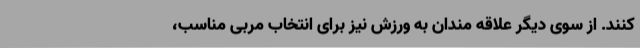
کنند. از سوی دیگر علاقه مندان به ورزش نیز برای انتخاب مربی مناسب،